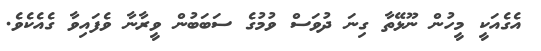
އެގެއަކީ މީހުން ނޫޅޭތާ ގިނަ ދުވަސް ވުމުގެ ސަބަބުން ވީރާނާ ވެފައިވާ ގެއެކެވެ.